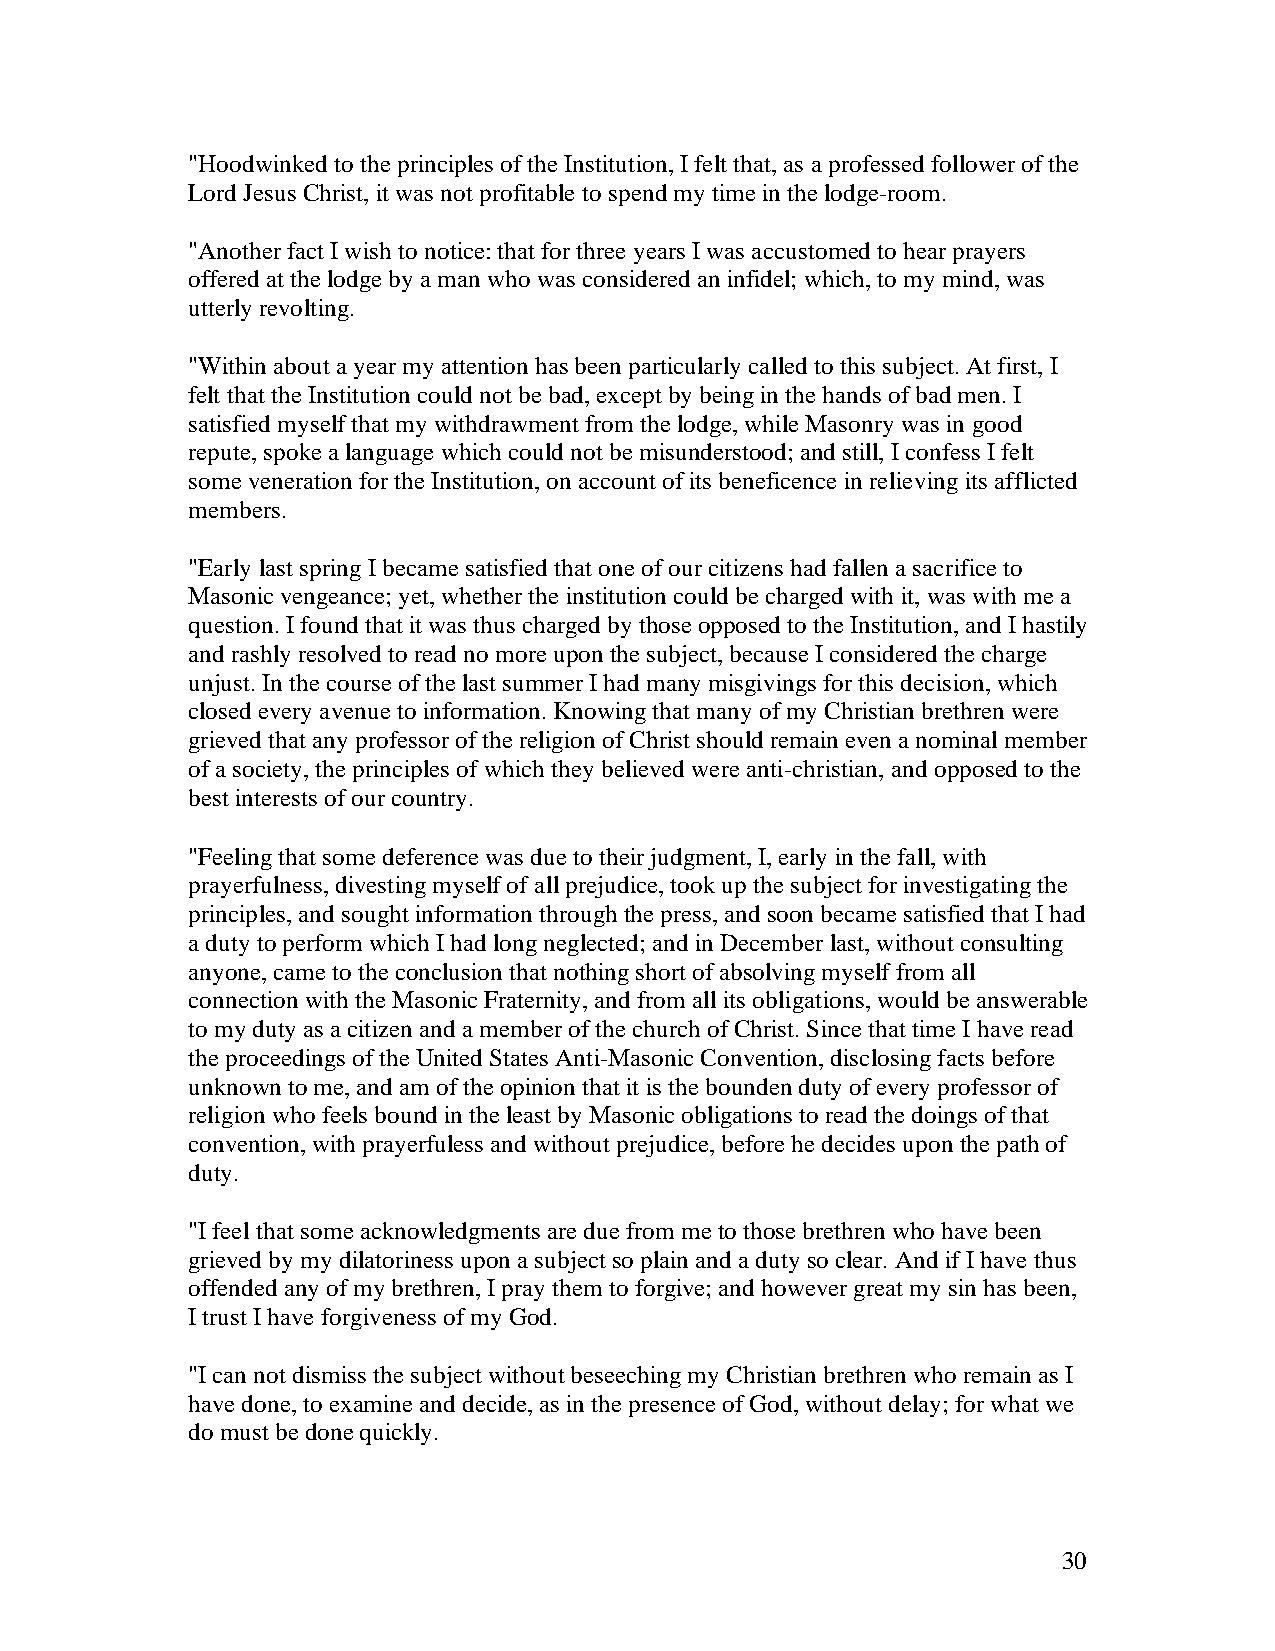
"Hoodwinked to the principles of the Institution, I felt that, as a professed follower of the
 Lord Jesus Christ, it was not profitable to spend my time in the lodge-room.
 "Another fact I wish to notice: that for three years I was accustomed to hear prayers
 offered at the lodge by a man who was considered an infidel; which, to my mind, was
 utterly revolting.
 "Within about a year my attention has been particularly called to this subject. At first, I
 felt that the Institution could not be bad, except by being in the hands of bad men. I
 satisfied myself that my withdrawment from the lodge, while Masonry was in good
 repute, spoke a language which could not be misunderstood; and still, I confess I felt
 some veneration for the Institution, on account of its beneficence in relieving its afflicted
 members.
 "Early last spring I became satisfied that one of our citizens had fallen a sacrifice to
 Masonic vengeance; yet, whether the institution could be charged with it, was with me a
 question. I found that it was thus charged by those opposed to the Institution, and I hastily
 and rashly resolved to read no more upon the subject, because I considered the charge
 unjust. In the course of the last summer I had many misgivings for this decision, which
 closed every avenue to information. Knowing that many of my Christian brethren were
 grieved that any professor of the religion of Christ should remain even a nominal member
 of a society, the principles of which they believed were anti-christian, and opposed to the
 best interests of our country.
 "Feeling that some deference was due to their judgment, I, early in the fall, with
 prayerfulness, divesting myself of all prejudice, took up the subject for investigating the
 principles, and sought information through the press, and soon became satisfied that I had
 a duty to perform which I had long neglected; and in December last, without consulting
 anyone, came to the conclusion that nothing short of absolving myself from all
 connection with the Masonic Fraternity, and from all its obligations, would be answerable
 to my duty as a citizen and a member of the church of Christ. Since that time I have read
 the proceedings of the United States Anti-Masonic Convention, disclosing facts before
 unknown to me, and am of the opinion that it is the bounden duty of every professor of
 religion who feels bound in the least by Masonic obligations to read the doings of that
 convention, with prayerfuless and without prejudice, before he decides upon the path of
 duty.
 "I feel that some acknowledgments are due from me to those brethren who have been
 grieved by my dilatoriness upon a subject so plain and a duty so clear. And if I have thus
 offended any of my brethren, I pray them to forgive; and however great my sin has been,
 I trust I have forgiveness of my God.
 "I can not dismiss the subject without beseeching my Christian brethren who remain as I
 have done, to examine and decide, as in the presence of God, without delay; for what we
 do must be done quickly.
 30